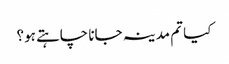
کیا تم مدینہ جانا چاہتے ہو؟